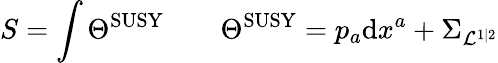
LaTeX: S=\int\Theta^{\mathrm{SUSY}}\qquad\Theta^{\mathrm{SUSY}}=p_{a}\mathrm{d}x^{a}+\Sigma_{{\cal L}^{1|2}}